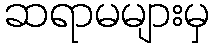
ဆရာမများမှ